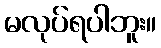
မလုပ်ရပါဘူး။